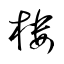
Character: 樓